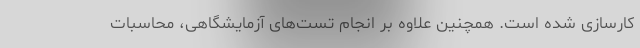
کارسازی شده است. همچنین علاوه بر انجام تست‌های آزمایشگاهی، محاسبات